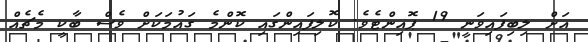
އަށް ލިބިފައިވަނީ 19 ޕޮއިންޓެވެ. ކޮލިފައިންގައި ކޮންމެ ގައުމަކަށް ވެސް ބާކީ މެޗެއް